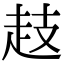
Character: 䞚